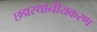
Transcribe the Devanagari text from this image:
छद्मस्थानीयकरण